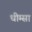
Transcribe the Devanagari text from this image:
धीम्सा